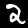
Label: 2